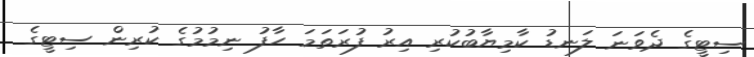
ސިޓީގެ ދެވަނަ ލަނޑު ކާމިޔާބުކުރި އިރު ފުރަތަމަ ހާފު ނިމުމުގެ ކުރިން ސިޓީގެ